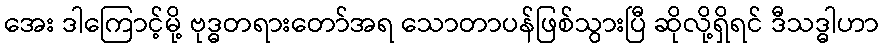
အေး ဒါကြောင့်မို့ ဗုဒ္ဓတရားတော်အရ သောတာပန်ဖြစ်သွားပြီ ဆိုလို့ရှိရင် ဒီသဒ္ဓါဟာ